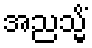
အညသ္မိံ